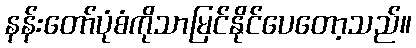
နန်းတော်ပုံစံကိုသာမြင်နိုင်ပေတော့သည်။